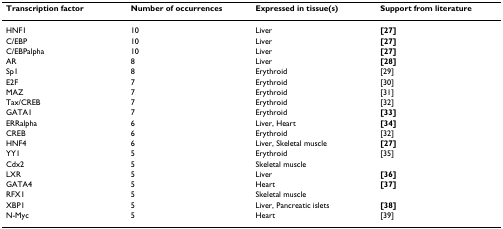
<table><thead><tr><td><b>Transcription factor</b></td><td><b>Number of occurrences</b></td><td><b>Expressed in tissue(s)</b></td><td><b>Support from literature</b></td></tr></thead><tbody><tr><td>HNF1</td><td>10</td><td>Liver</td><td><b>[27]</b></td></tr><tr><td>C/EBP</td><td>10</td><td>Liver</td><td><b>[27]</b></td></tr><tr><td>C/EBPalpha</td><td>10</td><td>Liver</td><td><b>[27]</b></td></tr><tr><td>AR</td><td>8</td><td>Liver</td><td><b>[28]</b></td></tr><tr><td>Sp1</td><td>8</td><td>Erythroid</td><td>[29]</td></tr><tr><td>E2F</td><td>7</td><td>Erythroid</td><td>[30]</td></tr><tr><td>MAZ</td><td>7</td><td>Erythroid</td><td>[31]</td></tr><tr><td>Tax/CREB</td><td>7</td><td>Erythroid</td><td>[32]</td></tr><tr><td>GATA1</td><td>7</td><td>Erythroid</td><td><b>[33]</b></td></tr><tr><td>ERRalpha</td><td>6</td><td>Liver, Heart</td><td><b>[34]</b></td></tr><tr><td>CREB</td><td>6</td><td>Erythroid</td><td>[32]</td></tr><tr><td>HNF4</td><td>6</td><td>Liver, Skeletal muscle</td><td><b>[27]</b></td></tr><tr><td>YY1</td><td>5</td><td>Erythroid</td><td>[35]</td></tr><tr><td>Cdx2</td><td>5</td><td>Skeletal muscle</td><td></td></tr><tr><td>LXR</td><td>5</td><td>Liver</td><td><b>[36]</b></td></tr><tr><td>GATA4</td><td>5</td><td>Heart</td><td><b>[37]</b></td></tr><tr><td>RFX1</td><td>5</td><td>Skeletal muscle</td><td></td></tr><tr><td>XBP1</td><td>5</td><td>Liver, Pancreatic islets</td><td><b>[38]</b></td></tr><tr><td>N-Myc</td><td>5</td><td>Heart</td><td>[39]</td></tr></tbody></table>